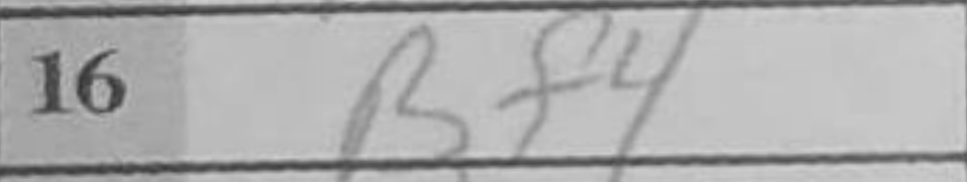
Transcription: Bf4